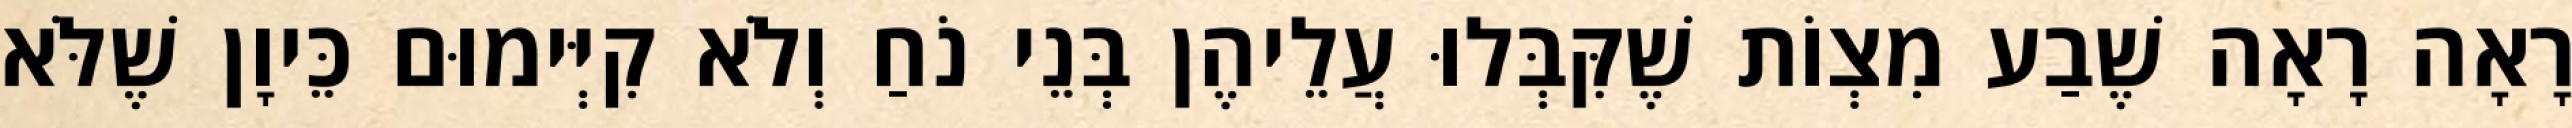
רָאָה רָאָה שֶׁבַע מִצְוֹת שֶׁקִּבְּלוּ עֲלֵיהֶן בְּנֵי נֹחַ וְלֹא קִיְּימוּם כֵּיוָן שֶׁלֹּא